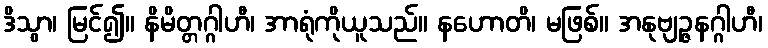
ဒိသွာ၊ မြင်၍။ နိမိတ္တဂ္ဂါဟီ၊ အာရုံကိုယူသည်။ နဟောတိ၊ မဖြစ်။ အနုဗျဉ္ဇနဂ္ဂါဟီ၊